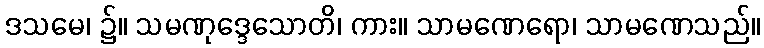
ဒသမေ၊ ၌။ သမဏုဒ္ဒေသောတိ၊ ကား။ သာမဏေရော၊ သာမဏေသည်။